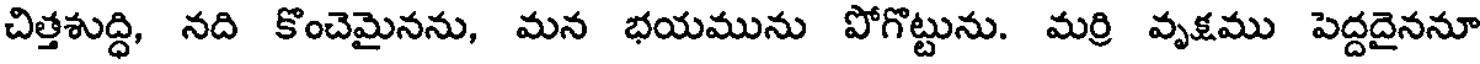
చిత్తశుద్ధి, నది కొంచెమైనను, మన భయమును పోగొట్టును. మర్రి వృక్షము పెద్దదైననూ